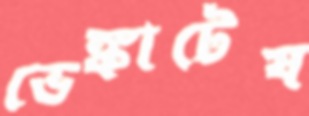
ভেঙ্কাটেষ